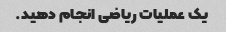
یک عملیات ریاضی انجام دهید.